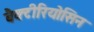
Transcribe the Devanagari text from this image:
बैक्टीरियोसिन